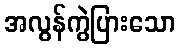
အလွန်ကွဲပြားသော